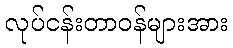
လုပ်ငန်းတာဝန်များအား